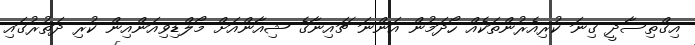
އިގްތިސާދީ ގިނަ ކުރިއެރުންތަކެއް ހޯދަމުން އަންނަ ޗައިނާގެ ޝިއާންއަށް މޯލްޑިވިއަންއިން ކުރި ދަތުރުގައި